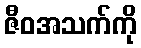
ဇီဝအသက်ကို